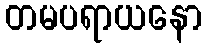
တမပရာယနော